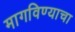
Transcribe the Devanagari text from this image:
मागविण्याचा